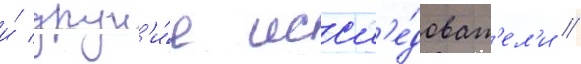
и́ друг'и́е иссл'е́доват'ел'и //